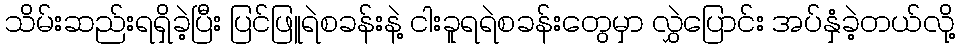
သိမ်းဆည်းရရှိခဲ့ပြီး ပြင်ဖြူရဲစခန်းနဲ့ ငါးခူရရဲစခန်းတွေမှာ လွှဲပြောင်း အပ်နှံခဲ့တယ်လို့